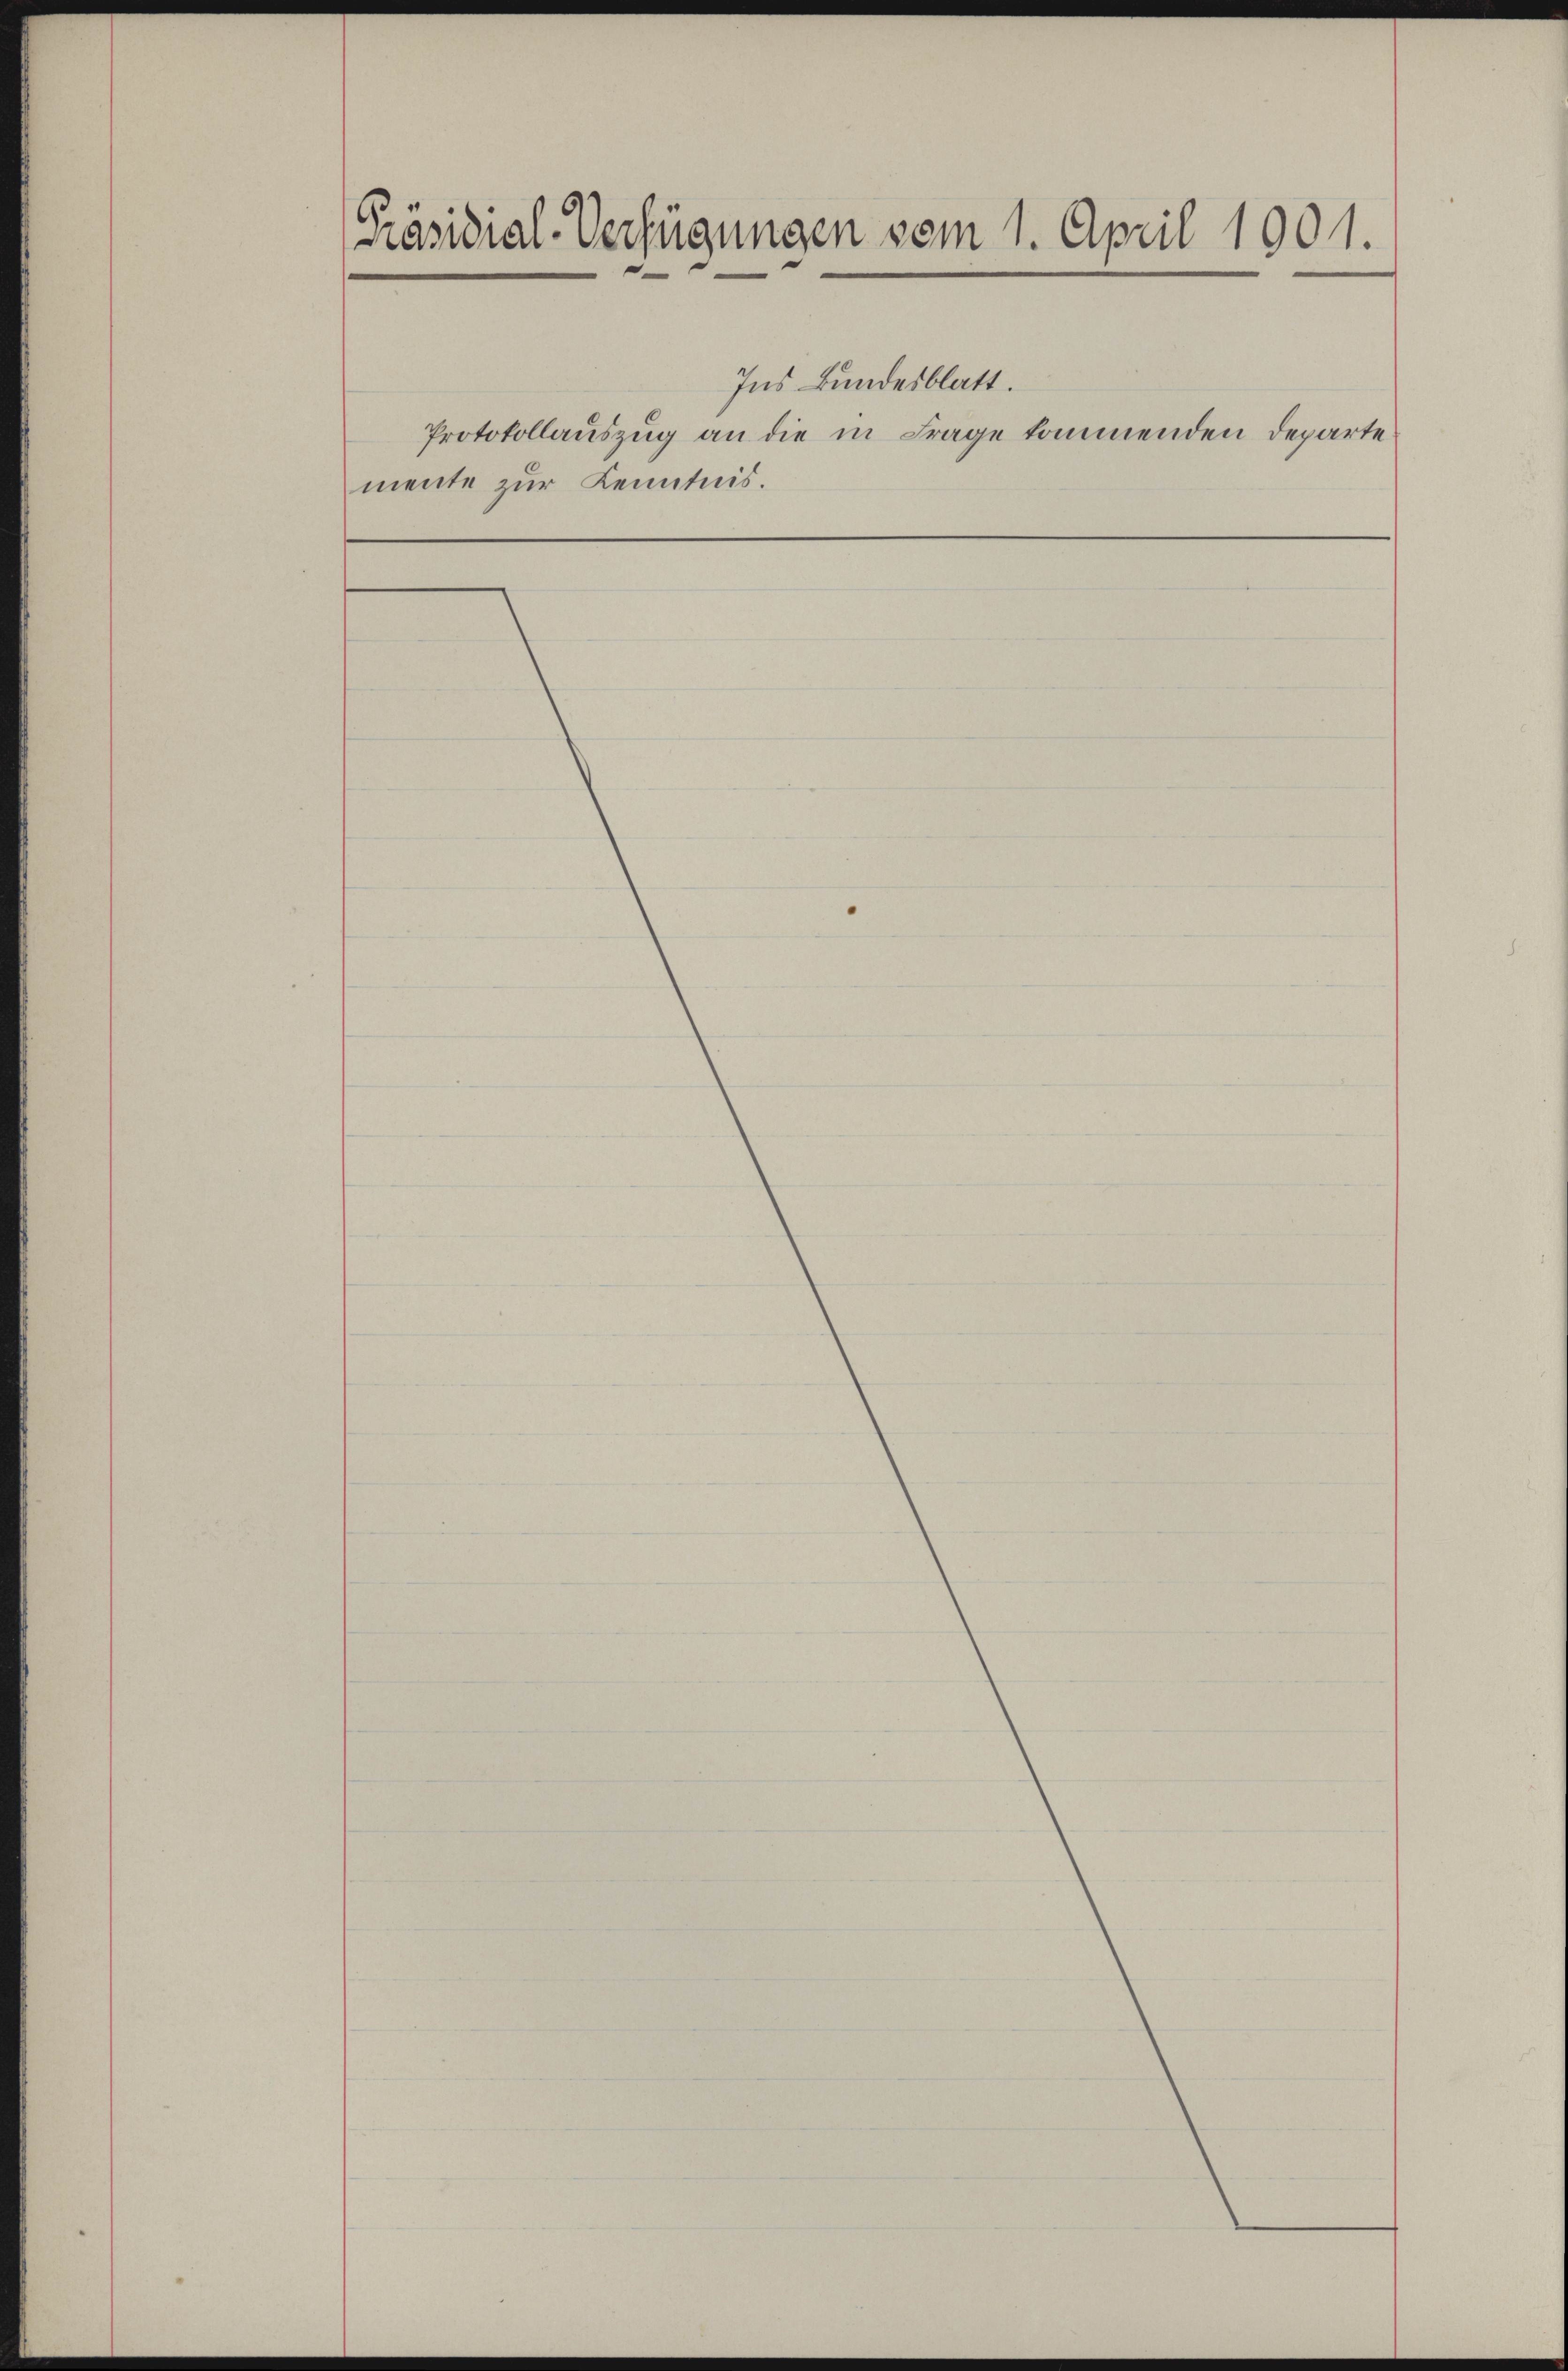
Präsidial-Verfügungen vom 1. April 1901.

Ins Bundesblatt.
Protokollauszug an die in Frage kommenden Departe
mente zur Kenntnis.